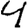
Digit: 4